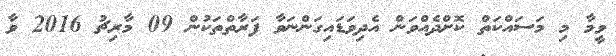
ވީމާ މި މަސައްކަތް ކޮށްދެއްވަން އެދިވަޑައިގަންނަވާ ފަރާތްތަކުން 09 މާރިޗު 2016 ވާ